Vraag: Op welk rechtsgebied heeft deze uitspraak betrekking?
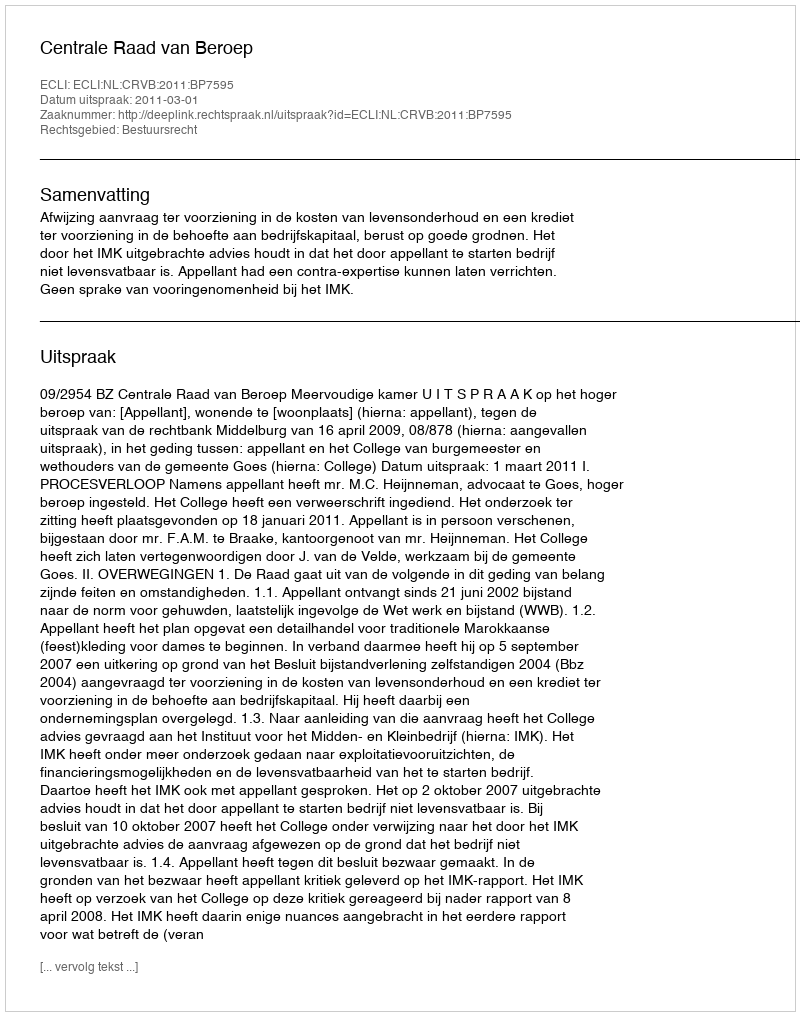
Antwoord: Bestuursrecht